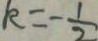
k = - \frac { 1 } { 2 }